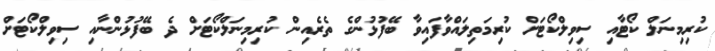
ކުރިމިނަލް ކޯޓާއި ސިވިލްކޯޓަށް ކުރިމަތިލައްވާފައިވާ ބޭފުޅުންގެ ތެރެއިން ކުރިމިނަލްކޯޓަށް ދެ ބޭފުޅުންނާއި ސިވިލްކޯޓަށް